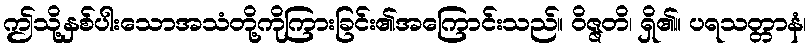
ဤသို့နှစ်ပါးသောအသံတို့ကိုကြားခြင်း၏အကြောင်းသည်။ ဝိဇ္ဇတိ၊ ရှိ၏။ ပရသတ္တာနံ၊